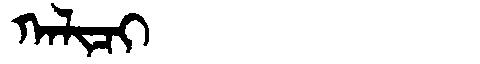
Manchu: ᡴᠠᠯᡳᠴᡳ
Romanization: KALICI